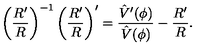
\left( { \frac { R ^ { \prime } } { R } } \right) ^ { - 1 } \left( { \frac { R ^ { \prime } } { R } } \right) ^ { \prime } = { \frac { \hat { V } ^ { \prime } ( \phi ) } { \hat { V } ( \phi ) } } - { \frac { R ^ { \prime } } { R } } .